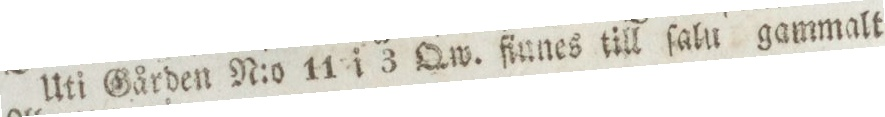
Uti Gården N:o 11 i 3 Qw. finnes till ſalu gammalt